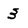
Character: 3